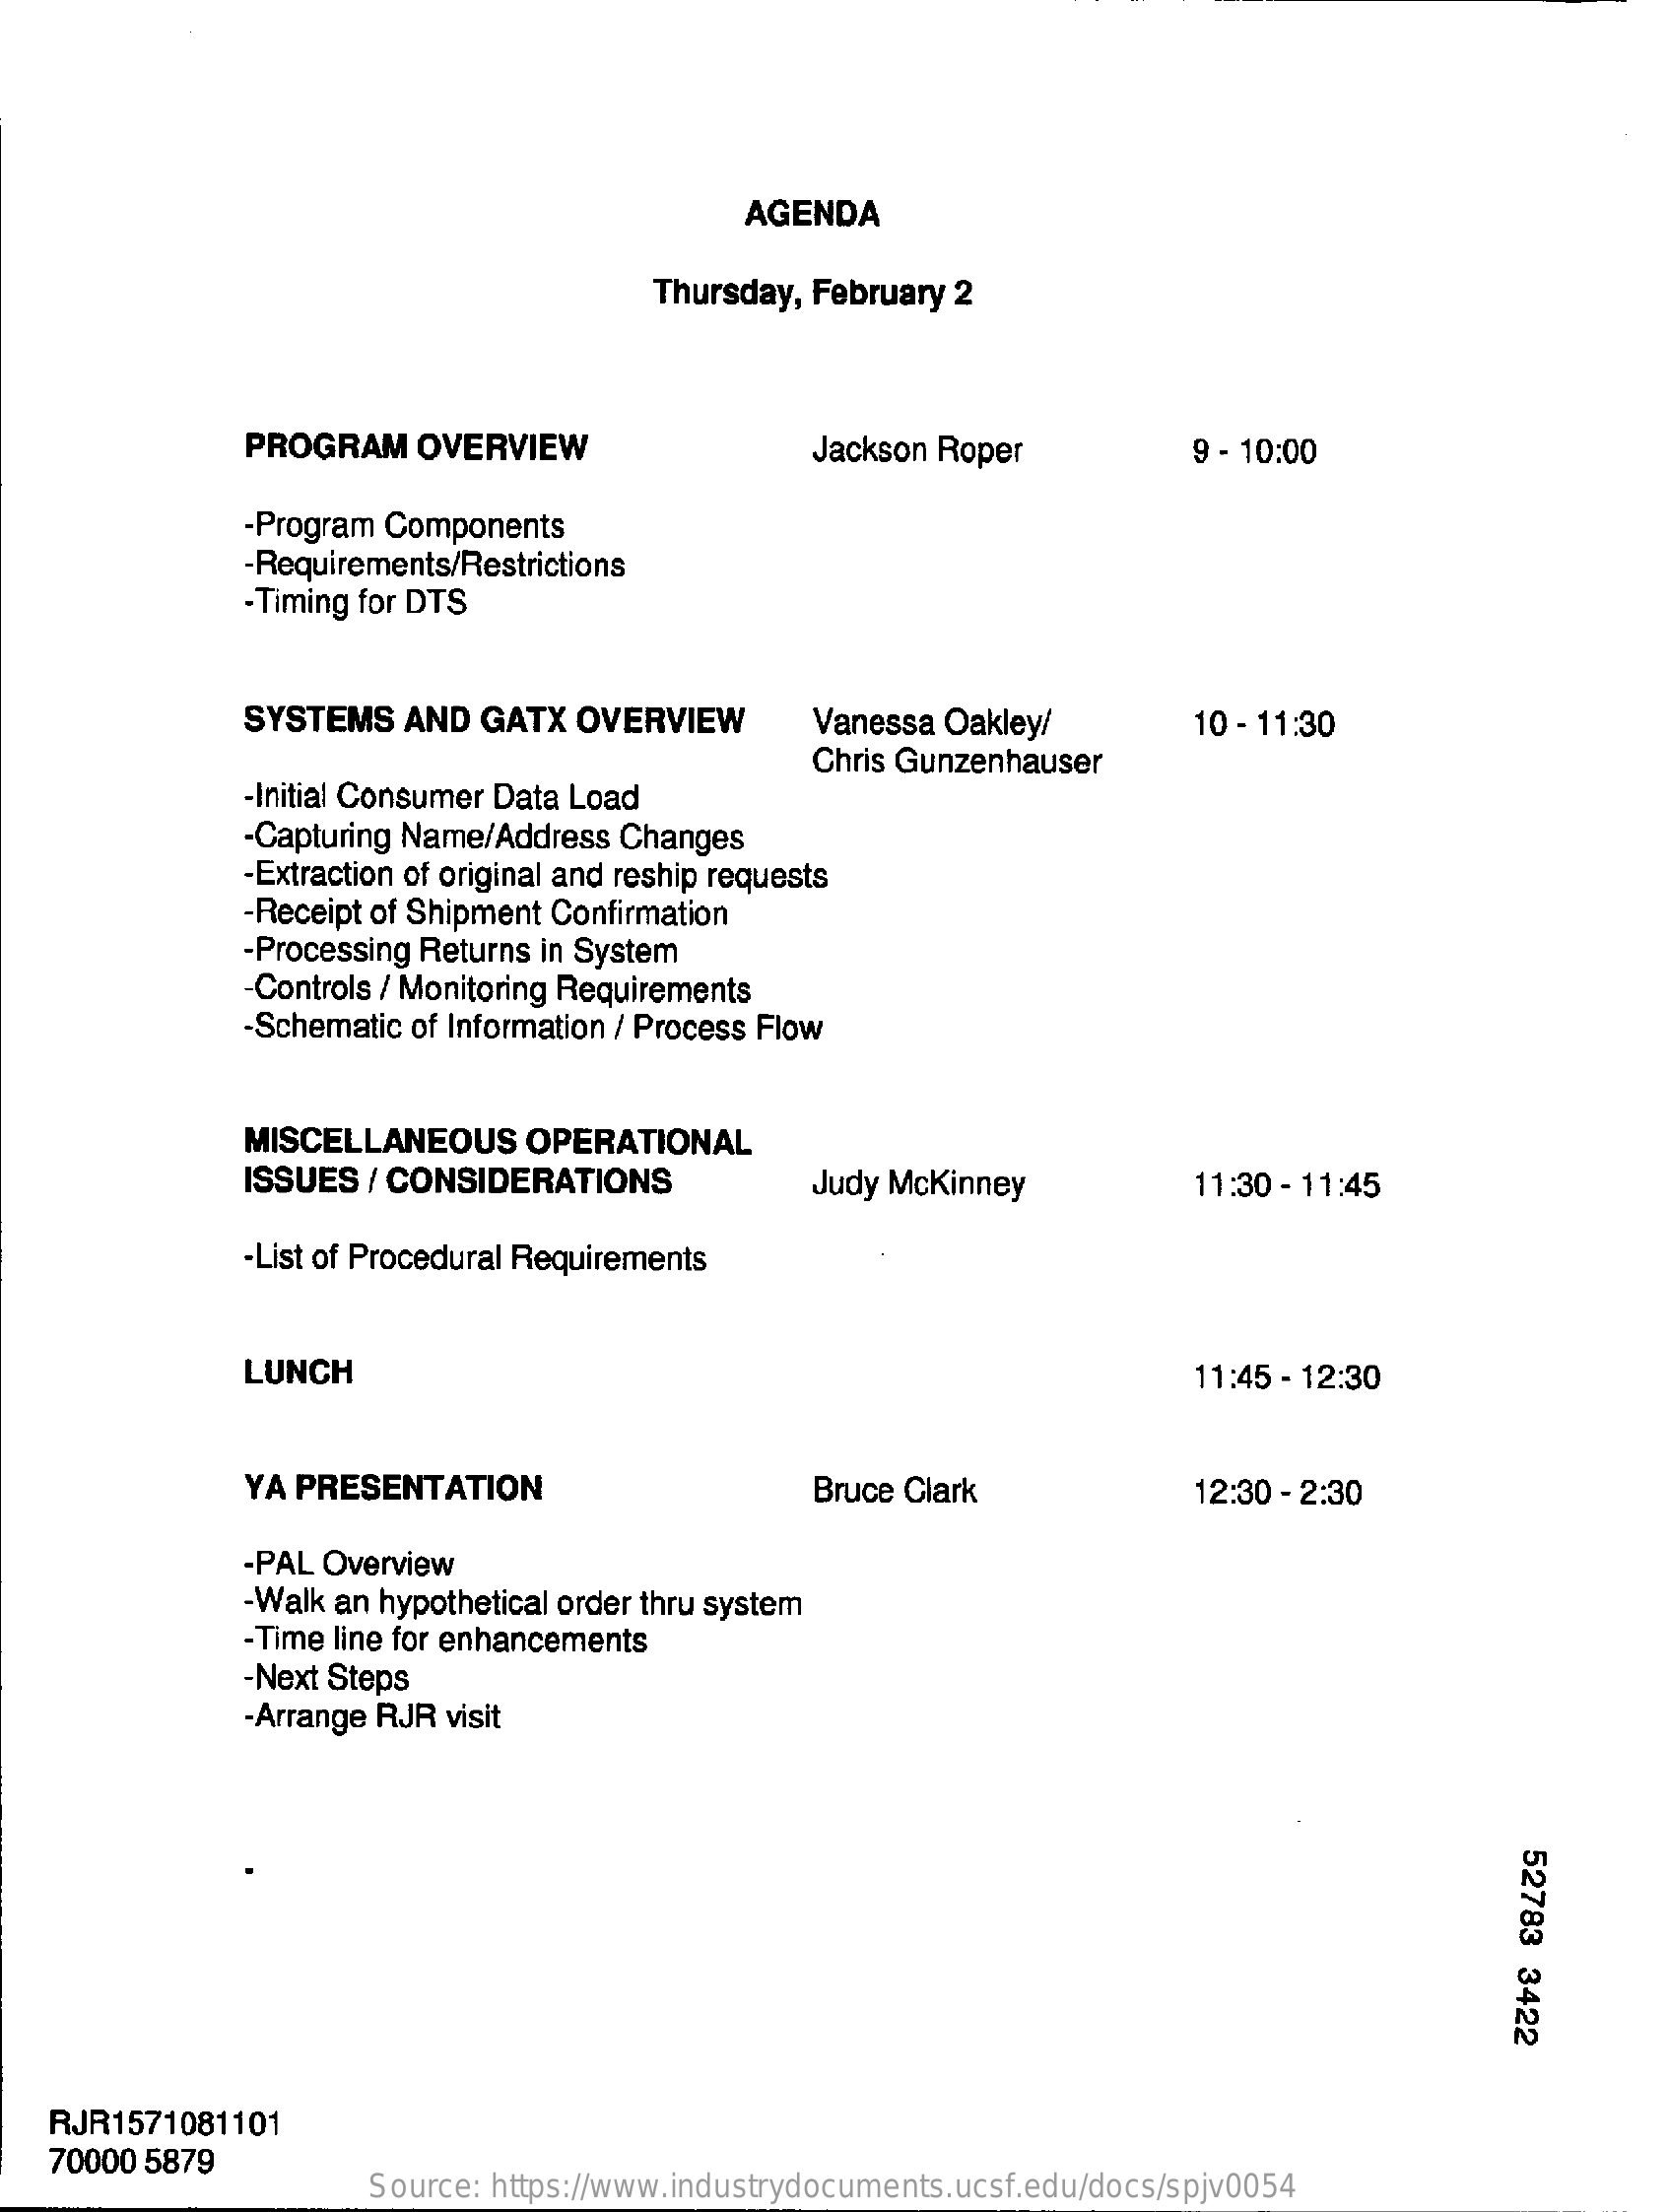
AGENDA
     Thursday, February 2
     PROGRAM    OVERVIEW    Jackson Roper    9 - 10:00
     -Program Components
     -Requirements/Restrictions
     -Timing for DTS
     SYSTEMS   AND  GATX  OVERVIEW    Vanessa Oakley/    10 - 11:30
     Chris Gunzenhauser
     -Initial Consumer Data Load
     -Capturing Name/Address Changes
     -Extraction of original and reship requests
     -Receipt of Shipment Confirmation
     -Processing Returns in System
     Controls / Monitoring Requirements
     -Schematic of Information / Process Flow
     MISCELLANEOUS    OPERATIONAL
     ISSUES / CONSIDERATIONS    Judy Mckinney    11:30 - 11:45
     -List of Procedural Requirements
     LUNCH    11:45 - 12:30
     YA PRESENTATION    Bruce Clark    12:30 - 2:30
     -PAL Overview
     -Walk an hypothetical order thru system
     -Time line for enhancements
     -Next Steps
     -Arrange RJR visit
     52783
     3422
   RJR1571081101
    70000 5879
     Source: https://www.industrydocuments.ucsf.edu/docs/spjv0054